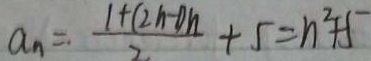
a _ { n } = \cdot \frac { 1 + ( 2 n - 1 ) n } { 2 } + 5 = n ^ { 2 } + 5